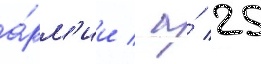
а́рм'ии / а́ 25